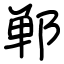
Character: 郸